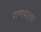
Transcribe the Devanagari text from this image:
गणपराव